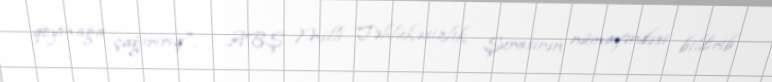
qoymağa çağırırıq", - ABŞ Milli Təhlükəsizlik Şurasının nümayəndəsi bildirib.